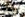
يبدو